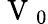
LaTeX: \mathrm{~V~}_{0}